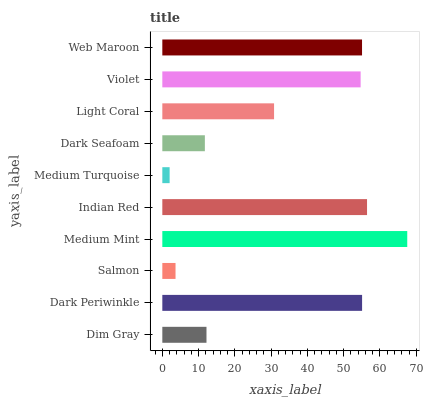
| yaxis_label | bars |
 | --- | --- |
 | Dim Gray | 12.2 |
 | Dark Periwinkle | 55.1 |
 | Salmon | 3.64 |
 | Medium Mint | 67.5 |
 | Indian Red | 56.4 |
 | Medium Turquoise | 2.02 |
 | Dark Seafoam | 11.7 |
 | Light Coral | 30.8 |
 | Violet | 54.7 |
 | Web Maroon | 55.1 |